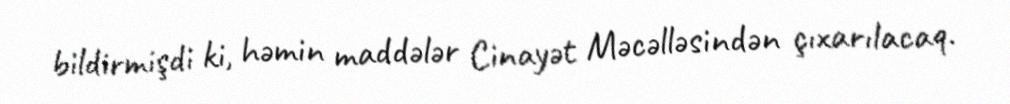
bildirmişdi ki, həmin maddələr Cinayət Məcəlləsindən çıxarılacaq.